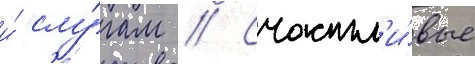
и́ слу́гам // Счастл'и́вые